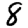
Digit: 8